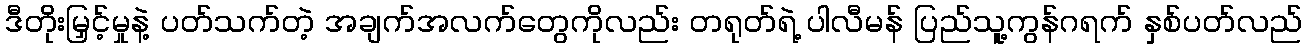
ဒီတိုးမြှင့်မှုနဲ့ ပတ်သက်တဲ့ အချက်အလက်တွေကိုလည်း တရုတ်ရဲ့ ပါလီမန် ပြည်သူ့ကွန်ဂရက် နှစ်ပတ်လည်